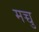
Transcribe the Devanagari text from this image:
मच्चु